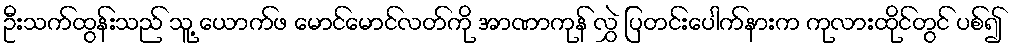
ဦးသက်ထွန်းသည် သူ့ ယောက်ဖ မောင်မောင်လတ်ကို အာဏာကုန် လွှဲ ပြတင်းပေါက်နားက ကုလားထိုင်တွင် ပစ်၍